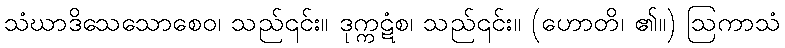
သံဃာဒိသေသောစေဝ၊ သည်၎င်း။ ဒုက္ကဋံစ၊ သည်၎င်း။ (ဟောတိ၊ ၏။) ဩကာသံ